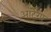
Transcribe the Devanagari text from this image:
ऑर्टेगा